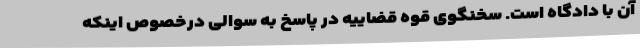
آن با دادگاه است. سخنگوی قوه قضاییه در پاسخ به سوالی درخصوص اینکه